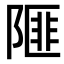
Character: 𨻃